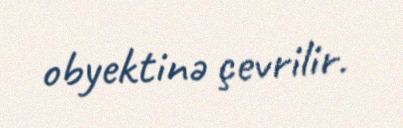
obyektinə çevrilir.